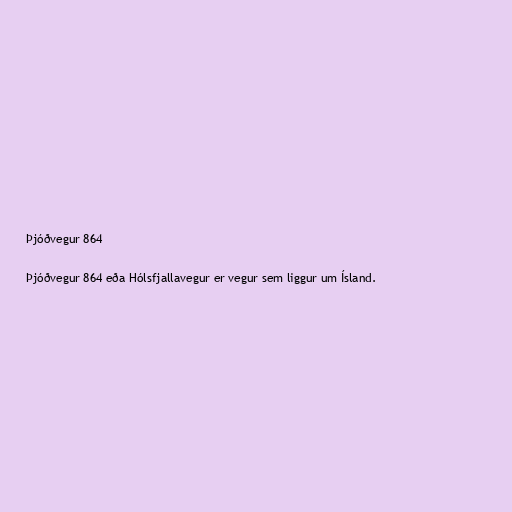
Þjóðvegur 864

Þjóðvegur 864 eða Hólsfjallavegur er vegur sem liggur um Ísland.